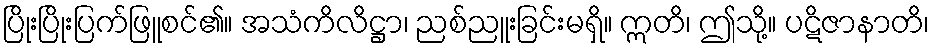
ပြိုးပြိုးပြက်ဖြူစင်၏။ အသံကိလိဋ္ဌာ၊ ညစ်ညူးခြင်းမရှိ။ ဣတိ၊ ဤသို့။ ပဋိဇာနာတိ၊